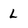
Character: L